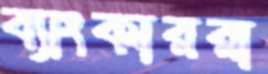
ব্যাংকাররা